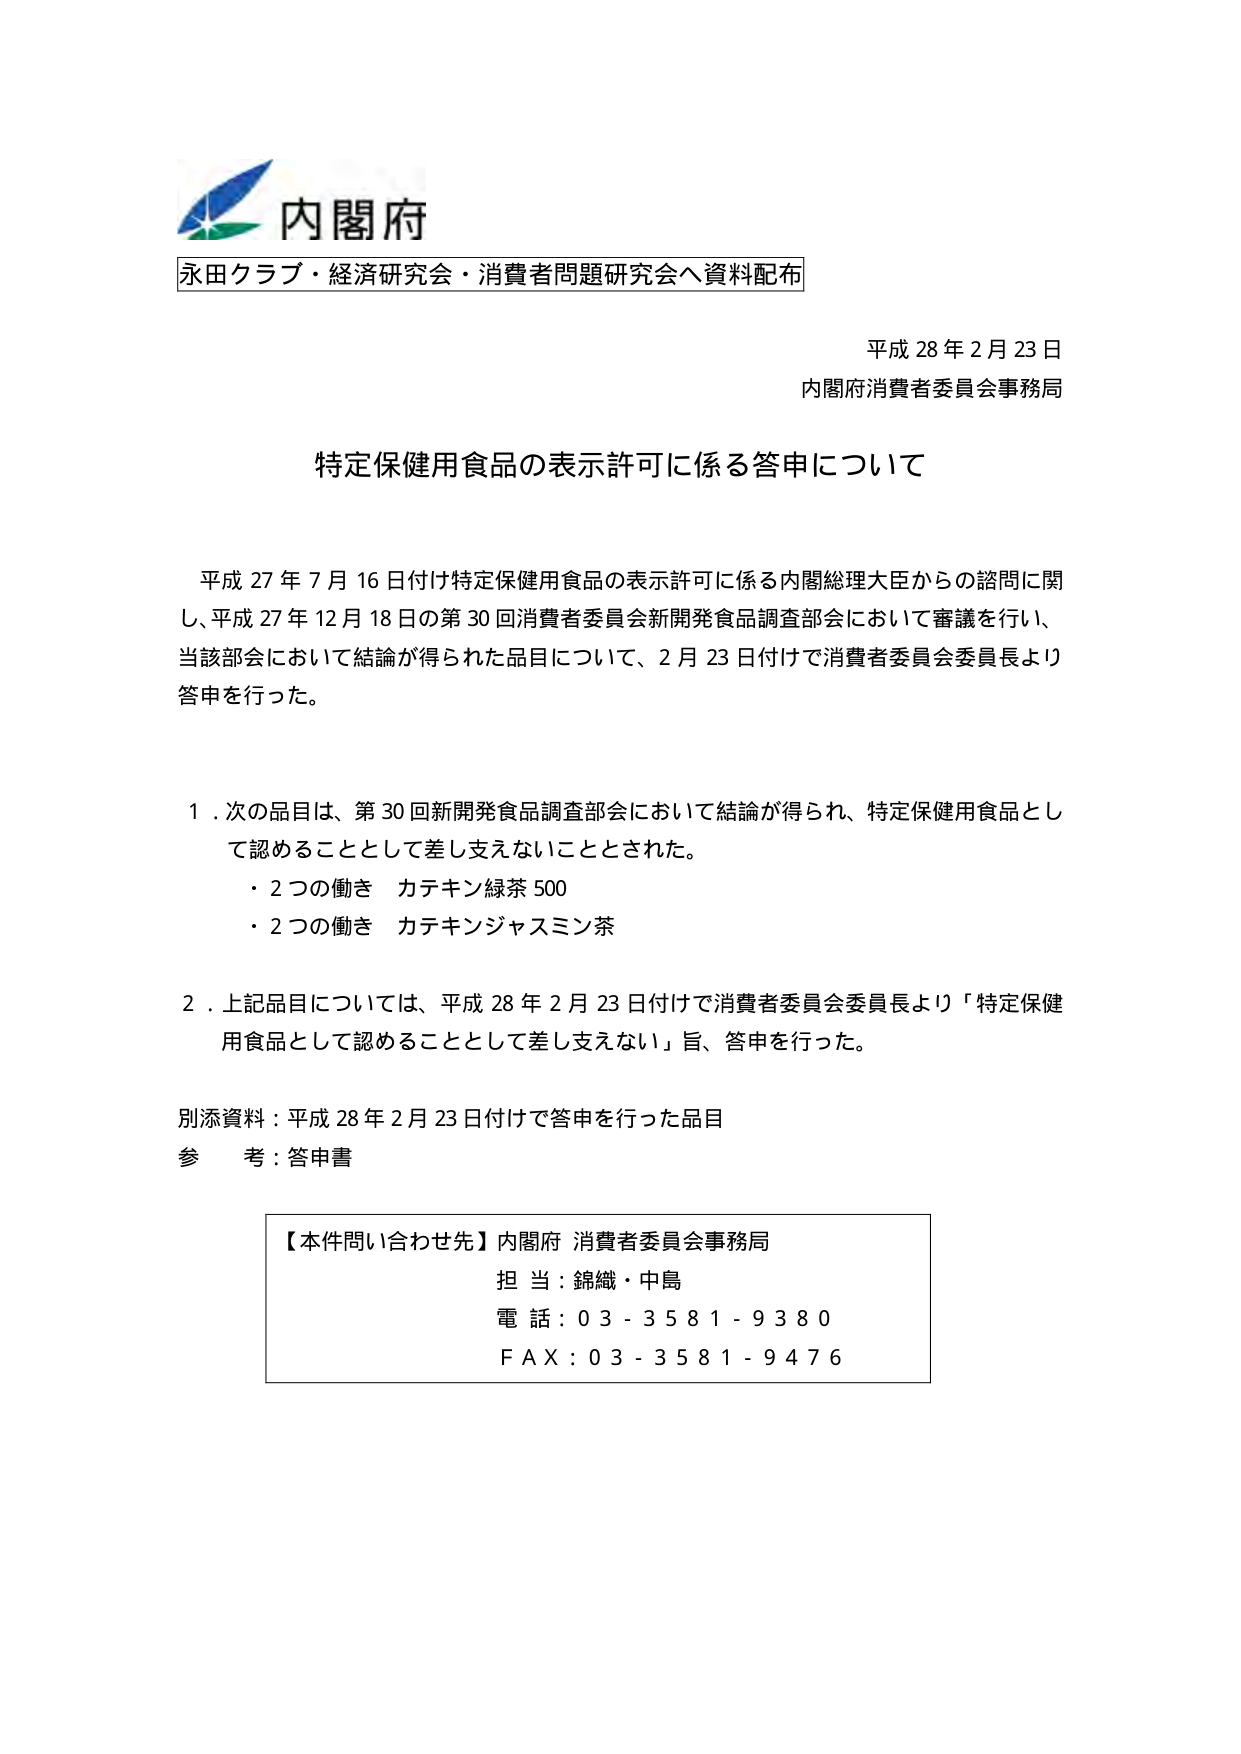
内閣府
永田クラブ・経済研究会・消費者問題研究会へ資料配布

平成28年2月23日
内閣府消費者委員会事務局

特定保健用食品の表示許可に係る答申について

平成27年7月16日付け特定保健用食品の表示許可に係る内閣総理大臣からの諮問に関し、平成27年12月18日の第30回消費者委員会新開発食品調査部会において審議を行い、当該部会において結論が得られた品目について、2月23日付けで消費者委員会委員長より答申を行った。

1．次の品目は、第30回新開発食品調査部会において結論が得られ、特定保健用食品として認めることがとして差し支えないこととされた。
・2つの働き カテキン緑茶500
・2つの働き カテキンジャスミン茶

2．上記品目については、平成28年2月23日付けで消費者委員会委員長より「特定保健用食品として認めることがとして差し支えない」旨、答申を行った。

別添資料：平成28年2月23日付けで答申を行った品目
参考：答申書

【本件問い合わせ先】内閣府 消費者委員会事務局
担当：錦織・中島
電話：03-3581-9380
FAX：03-3581-9476